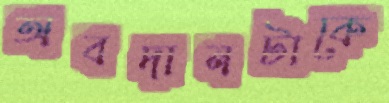
অবদানটাকে